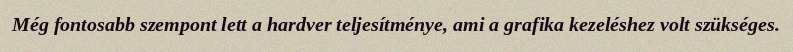
Még fontosabb szempont lett a hardver teljesítménye, ami a grafika kezeléshez volt szükséges.